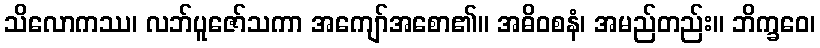
သိလောကဿ၊ လဘ်ပူဇော်သကာ အကျော်အစော၏။ အဓိဝစနံ၊ အမည်တည်း။ ဘိက္ခဝေ၊